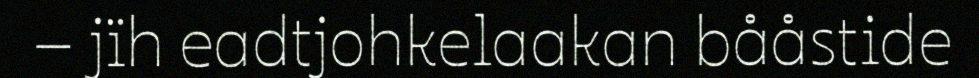
– jïh eadtjohkelaakan bååstide